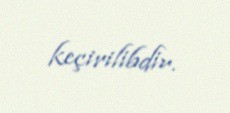
keçirilibdir.